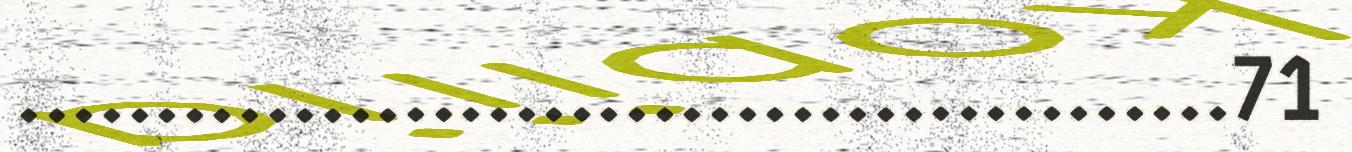
............................................71